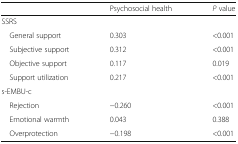
|  | Psychosocial health | P value |
 | --- | --- | --- |
 | <COLSPAN=3> SSRS |
 | General support | 0.303 | <0.001 |
 | Subjective support | 0.312 | <0.001 |
 | Objective support | 0.117 | 0.019 |
 | Support utilization | 0.217 | <0.001 |
 | <COLSPAN=3> s-EMBU-c |
 | Rejection | −0.260 | <0.001 |
 | Emotional warmth | 0.043 | 0.388 |
 | Overprotection | −0.198 | <0.001 |